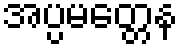
အပ္ပမတ္တေန